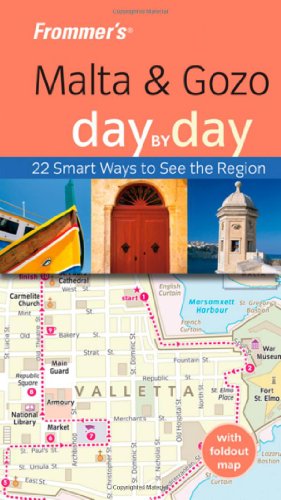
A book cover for Frommer's Malta and Gozo Day by Day (Frommer's Day by Day - Pocket); Lesley Anne Rose; Travel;